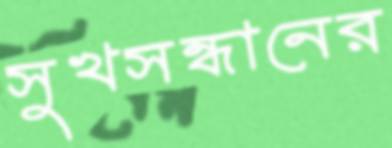
সুখসন্ধানের